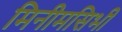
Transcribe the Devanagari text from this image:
मिनीमसिभी